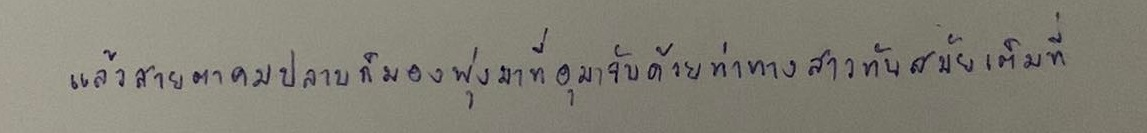
แล้วสายตาคมปลาบก็มองพุ่งมาที่อุมาจับด้วยท่าทางสาวทันสมัยเต็มที่